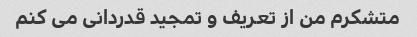
متشکرم من از تعریف و تمجید قدردانی می کنم